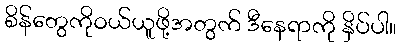
စိန်တွေကိုဝယ်ယူဖို့အတွက် ဒီနေရာကို နှိပ်ပါ။